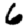
Digit: 6